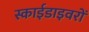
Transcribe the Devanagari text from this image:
स्काईडाइवरों